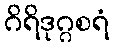
ဂိရိဒုဂ္ဂစရံ